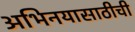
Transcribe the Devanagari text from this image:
अभिनयासाठीची